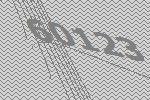
60123